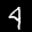
Label: 4